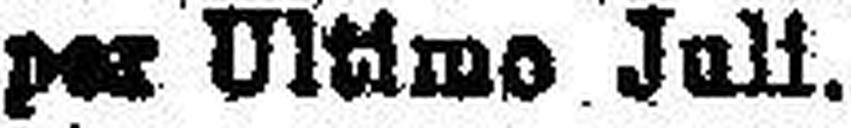
per Ultimo Juli.